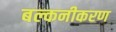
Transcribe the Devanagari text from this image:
बल्कनीकरण